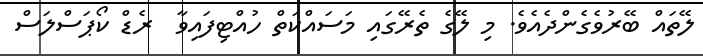
ލޭތައް ބޭރުވެގެންދެއެވެ. މި ލޭގެ ތެރޭގައި މަަސައްކަތް ހުއްޓިފަައިވާ  ރެޑް ކޯޕަސްލަސް